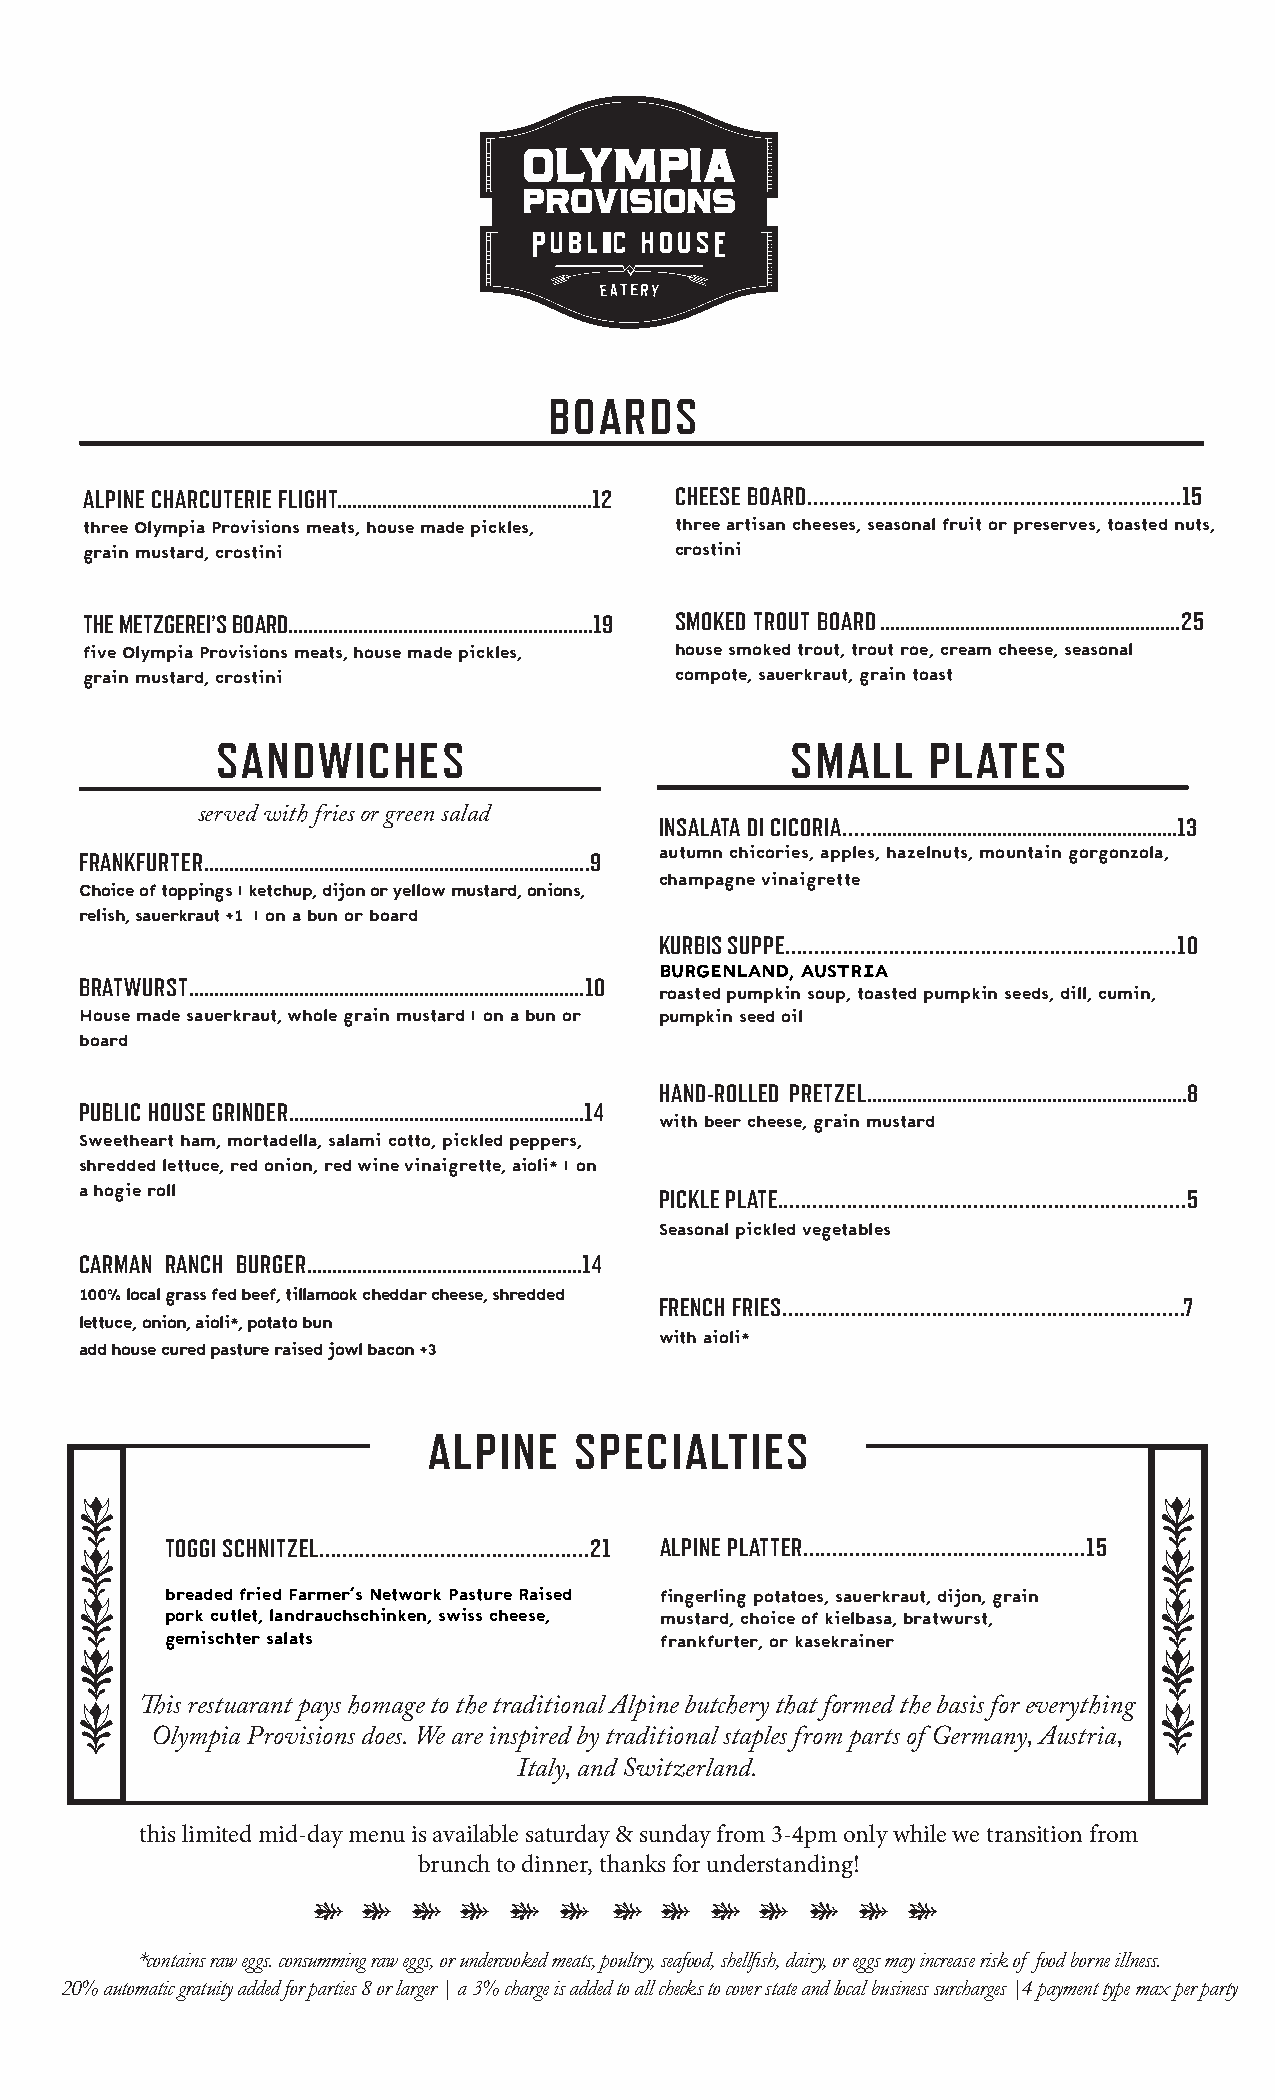
BOARDS
 ALPINE CHARCUTERIE FLIGHT...................................................12 CHEESE BOARD.................................................................15
 three Olympia Provisions meats, house made pickles, three artisan cheeses, seasonal fruit or preserves, toasted nuts,
 grain mustard, crostini                crostini
 THE METZGEREI’S BOARD.............................................................19 SMOKED TROUT BOARD ............................................................25
 five Olympia Provisions meats, house made pickles, house smoked trout, trout roe, cream cheese, seasonal
 grain mustard, crostini                compote, sauerkraut, grain toast
 SANDWICHES                            SMALL     PLATES
 served with fries or green salad INSALATA DI CICORIA..................................................................13
 autumn chicories, apples, hazelnuts, mountain gorgonzola,
 FRANKFURTER .............................................................................9
 champagne vinaigrette
 Choice of toppings | ketchup, dijon or yellow mustard, onions,
 relish, sauerkraut +1 | on a bun or board
 KURBIS SUPPE....................................................................10
 BURGENLAND, AUSTRIA
 BRATWURST ...............................................................................10 roasted pumpkin soup, toasted pumpkin seeds, dill, cumin,
 House made sauerkraut, whole grain mustard | on a bun or pumpkin seed oil
 board
 HAND-ROLLED PRETZEL................................................................8
 PUBLIC HOUSE GRINDER...........................................................14
 with beer cheese, grain mustard
 Sweetheart ham, mortadella, salami cotto, pickled peppers,
 shredded lettuce, red onion, red wine vinaigrette, aioli* | on
 a hogie roll
 PICKLE PLATE.......................................................................5
 Seasonal pickled vegetables
 CARMAN RANCH BURGER.......................................................14
 100% local grass fed beef, tillamook cheddar cheese, shredded
 FRENCH FRIES......................................................................7
 lettuce, onion, aioli*, potato bun
 with aioli*
 add house cured pasture raised jowl bacon +3
 ALPINE    SPECIALTIES
 TOGGI SCHNITZEL...............................................21 ALPINE PLATTER.................................................15
 breaded fried Farmer’s Network Pasture Raised fingerling potatoes, sauerkraut, dijon, grain
 pork cutlet, landrauchschinken, swiss cheese, mustard, choice of kielbasa, bratwurst,
 gemischter salats                frankfurter, or kasekrainer
 This restuarant pays homage to the traditional Alpine butchery that formed the basis for everything
 Olympia Provisions does. We are inspired by traditional staples from parts of Germany, Austria,
 Italy, and Switzerland.
 this limited mid-day menu is available saturday & sunday from 3-4pm only while we transition from
 brunch to dinner, thanks for understanding!
 *contains raw eggs. consumming raw eggs, or undercooked meats, poultry, seafood, shellfish, dairy, or eggs may increase risk of food borne illness.
 20% automatic gratuity added for parties 8 or larger | a 3% charge is added to all checks to cover state and local business surcharges |4 payment type max per party